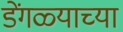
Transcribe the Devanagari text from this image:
डेंगळ्याच्या